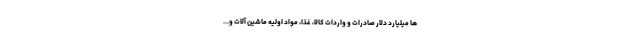
ها میلیارد دلار صادرات و واردات کالا، غذا، مواد اولیه ماشین آلات و...